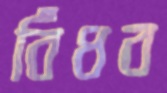
বিঁধব